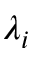
\lambda _ { i }